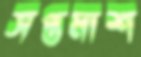
সপ্তমাশ